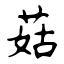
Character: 菇